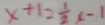
x + 1 = \frac { 1 } { 2 } x - 1